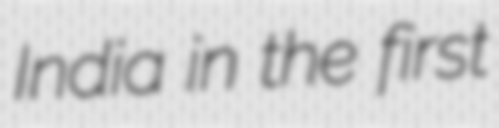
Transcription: India in the first